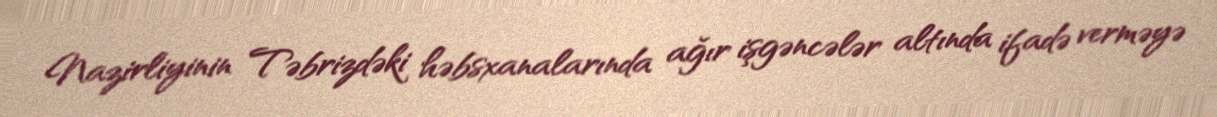
Nazirliyinin Təbrizdəki həbsxanalarında ağır işgəncələr altında ifadə verməyə